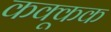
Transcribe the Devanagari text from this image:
कक्कूक